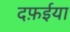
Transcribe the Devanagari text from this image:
दफ़ईया